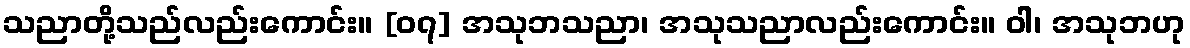
သညာတို့သည်လည်းကောင်း။ [၀၇] အသုဘသညာ၊ အသုသညာလည်းကောင်း။ ဝါ၊ အသုဘဟု